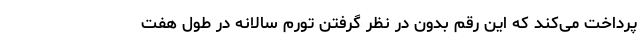
پرداخت می‌کند که این رقم بدون در نظر گرفتن تورم سالانه در طول هفت